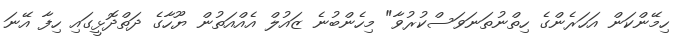
ހިމޭންކަން އަހަރެންގެ ހިތްނުތަނަވަސްކުރުވާ" މިހެންބުނެ ޒައުލް އެއްއަތުން ޔޫހާގެ ދަތްދޮޅީގައި ހިފާ އޭނަ